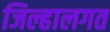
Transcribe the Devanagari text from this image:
जिल्हालगत